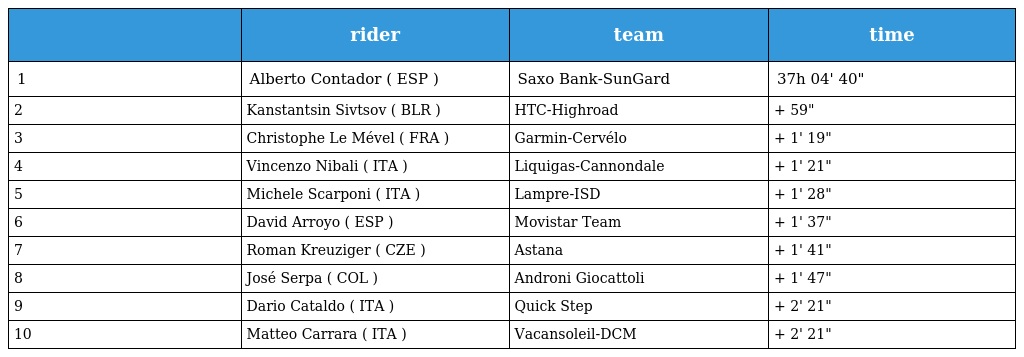
|  | rider | team | time |
 | --- | --- | --- | --- |
 | 1 | Alberto Contador ( ESP ) | Saxo Bank-SunGard | 37h 04' 40" |
 | 2 | Kanstantsin Sivtsov ( BLR ) | HTC-Highroad | + 59" |
 | 3 | Christophe Le Mével ( FRA ) | Garmin-Cervélo | + 1' 19" |
 | 4 | Vincenzo Nibali ( ITA ) | Liquigas-Cannondale | + 1' 21" |
 | 5 | Michele Scarponi ( ITA ) | Lampre-ISD | + 1' 28" |
 | 6 | David Arroyo ( ESP ) | Movistar Team | + 1' 37" |
 | 7 | Roman Kreuziger ( CZE ) | Astana | + 1' 41" |
 | 8 | José Serpa ( COL ) | Androni Giocattoli | + 1' 47" |
 | 9 | Dario Cataldo ( ITA ) | Quick Step | + 2' 21" |
 | 10 | Matteo Carrara ( ITA ) | Vacansoleil-DCM | + 2' 21" |